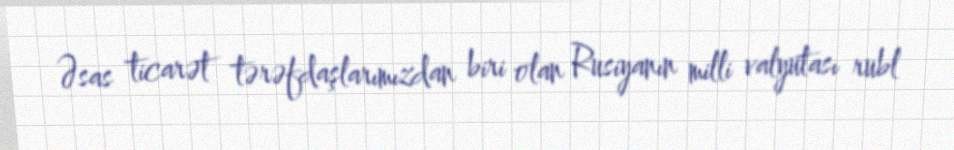
Əsas ticarət tərəfdaşlarımızdan biri olan Rusiyanın milli valyutası rubl